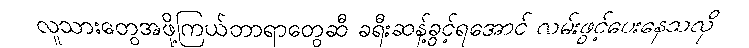
လူသားတွေအဖို့ကြယ်တာရာတွေဆီ ခရီးဆန့်ခွင့်ရအောင် လမ်းဖွင့်ပေးနေသလို